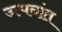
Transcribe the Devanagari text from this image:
उत्पनांत